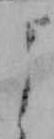
よ